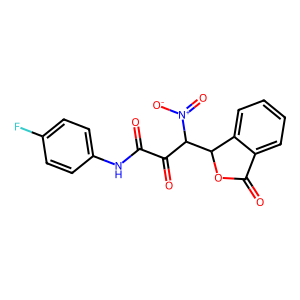
SMILES: O=C(Nc1ccc(F)cc1)C(=O)C(C1OC(=O)c2ccccc21)[N+](=O)[O-]
Inhibits HIV replication: No